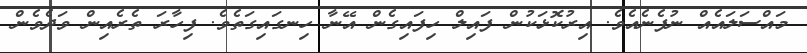
މައްސަލައެއް ނުފެނެއެވެ. އިރުކޮޅަކުން ފައިލް ހިފައިގެން އޭނާ ހިނގައިގަތެވެ. ފިހާރަ ތެރެއިން ވަދެވެން